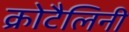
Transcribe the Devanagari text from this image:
क्रोटैलिनी